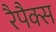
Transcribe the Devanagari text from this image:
रैपैक्स